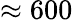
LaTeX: \approx 600